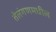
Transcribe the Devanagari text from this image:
तेलंगणमधील